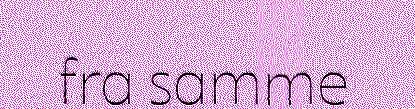
fra samme